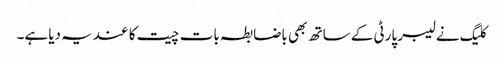
کلیگ نے لیبر پارٹی کے ساتھ بھی باضابطہ بات چیت کا عندیہ دیا ہے۔